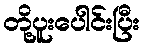
တို့ပူးပေါင်းပြီး